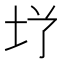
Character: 𮰜